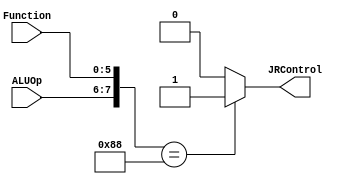
`timescale 1ns / 1ps
//////////////////////////////////////////////////////////////////////////////////
// Company: 
// Engineer: 
// 
// Design Name: 
// Module Name:    JRControl_Block 
// Project Name: 
// Target Devices: 
// Tool versions: 
// Description: 
//
// Dependencies: 
//
// Revision: 
// Revision 0.01 - File Created
// Additional Comments: 
//
//////////////////////////////////////////////////////////////////////////////////
 
 module JRControl_Block( 
  output reg JRControl,
  input wire [1:0] ALUOp,
  input wire [5:0] Function
  );

  wire [7:0] test;
  assign test = {ALUOp,Function};

  always @(test)
   case (test)
    8'b10001000 : JRControl=1'b1; 
    default: JRControl=1'b0;
   endcase 

 endmodule